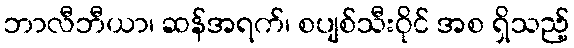
ဘာလီဘီယာ၊ ဆန်အရက်၊ စပျစ်သီးဝိုင် အစ ရှိသည့်